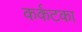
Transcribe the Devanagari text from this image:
कर्कटका